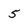
Character: 5